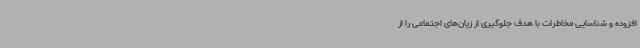
افزوده و شناسایی مخاطرات با هدف جلوگیری از زیان‌های اجتماعی را از